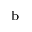
^ \mathrm { b }